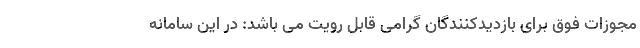
مجوزات فوق برای بازدیدکنندگان گرامی قابل رویت می باشد: در این سامانه